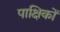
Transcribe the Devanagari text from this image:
पाक्षिकों